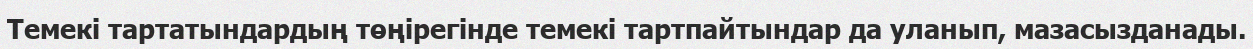
Темекі тартатындардың төңірегінде темекі тартпайтындар да уланып, мазасызданады.